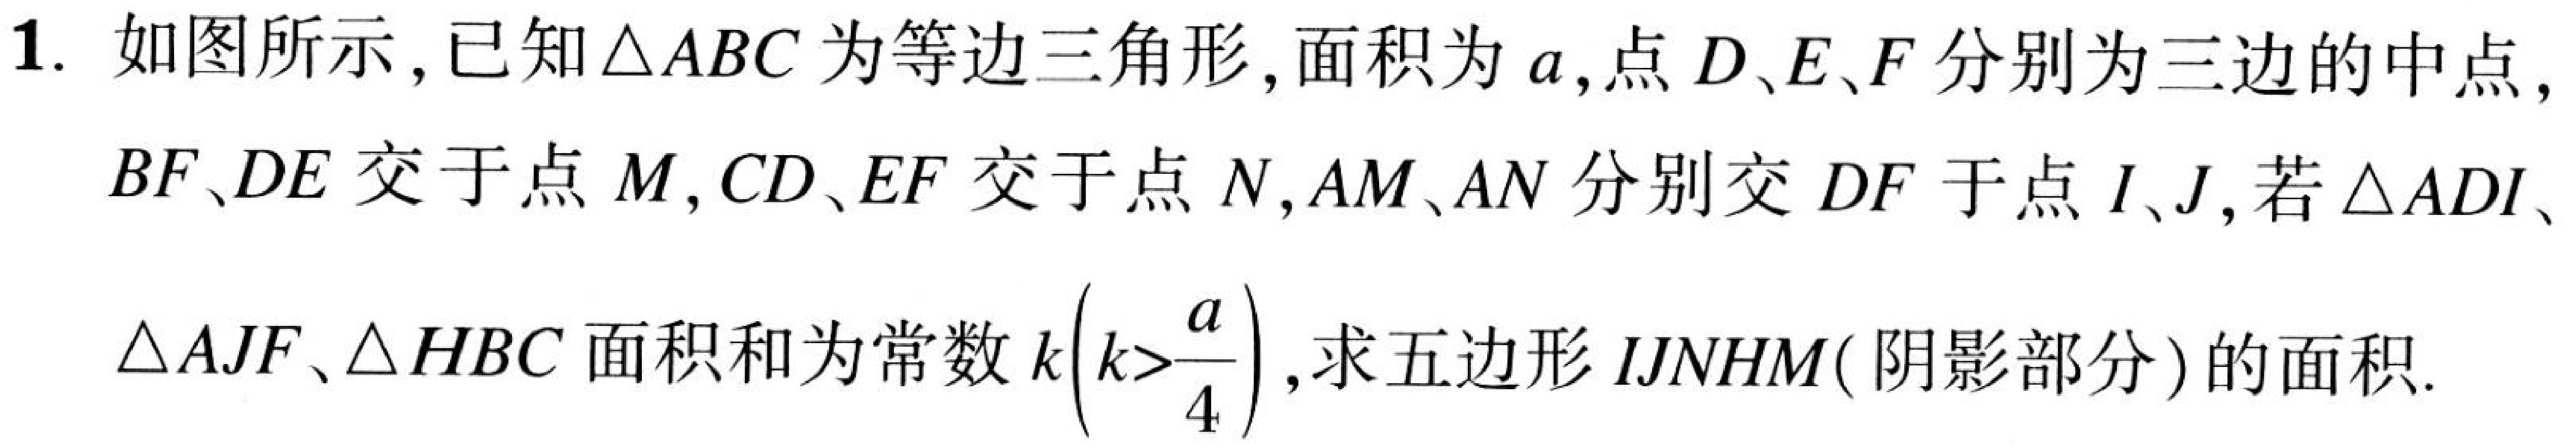
1. 如图所示，已知\(\triangle ABC\)为等边三角形，面积为\(a\)，点\(D\)、\(E\)、\(F\)分别为三边的中点，
\(BF\)、\(DE\)交于点\(M\)，\(CD\)、\(EF\)交于点\(N\)，\(AM\)、\(AN\)分别交\(DF\)于点\(I\)、\(J\)，若\(\triangle ADI\)、
\(\triangle AJF\)、\(\triangle HBC\)面积和为常数\(k\left(k>\dfrac{a}{4}\right)\)，求五边形\(IJNHM\)(阴影部分)的面积.